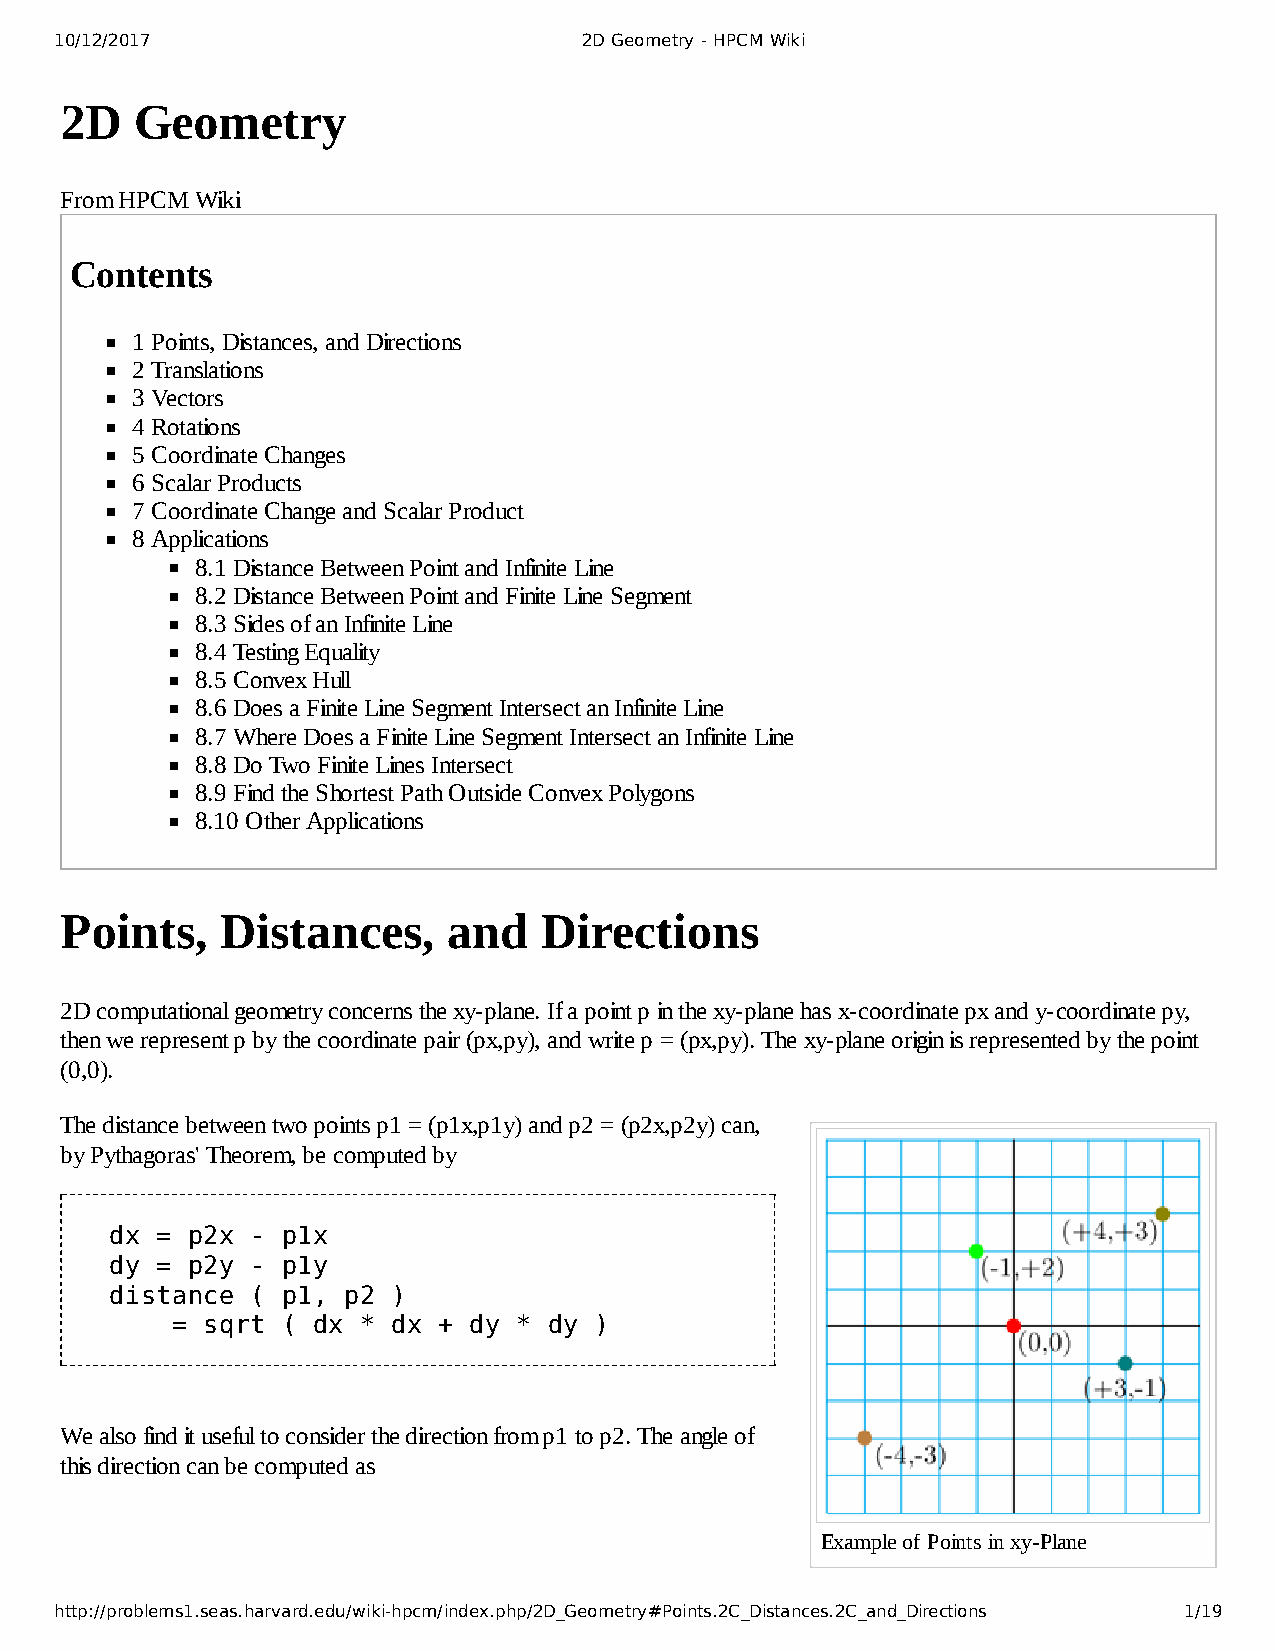
10/12/2017                         2D Geometry - HPCM Wiki
 2D   Geometry
 From HPCM Wiki
 Contents
 1 Points, Distances, and Directions
 2 Translations
 3 Vectors
 4 Rotations
 5 Coordinate Changes
 6 Scalar Products
 7 Coordinate Change and Scalar Product
 8 Applications
 8.1 Distance Between Point and Infinite Line
 8.2 Distance Between Point and Finite Line Segment
 8.3 Sides of an Infinite Line
 8.4 Testing Equality
 8.5 Convex Hull
 8.6 Does a Finite Line Segment Intersect an Infinite Line
 8.7 Where Does a Finite Line Segment Intersect an Infinite Line
 8.8 Do Two Finite Lines Intersect
 8.9 Find the Shortest Path Outside Convex Polygons
 8.10 Other Applications
 Points,    Distances,     and   Directions
 2D computational geometry concerns the xy-plane. If a point p in the xy-plane has x-coordinate px and y-coordinate py,
 then we represent p by the coordinate pair (px,py), and write p = (px,py). The xy-plane origin is represented by the point
 (0,0).
 The distance between two points p1 = (p1x,p1y) and p2 = (p2x,p2y) can,
 by Pythagoras' Theorem, be computed by
 dx = p2x  - p1x
 dy = p2y  - p1y
 distance  ( p1, p2 )
 = sqrt  ( dx * dx + dy * dy )
 We also find it useful to consider the direction from p1 to p2. The angle of
 this direction can be computed as
 Example of Points in xy-Plane
 http://problems1.seas.harvard.edu/wiki-hpcm/index.php/2D_Geometry#Points.2C_Distances.2C_and_Directions 1/19